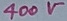
Text: 400V